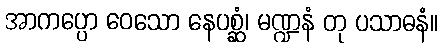
အာကပ္ပော ဝေသော နေပစ္ဆံ၊ မဏ္ဍနံ တု ပသာဓနံ။